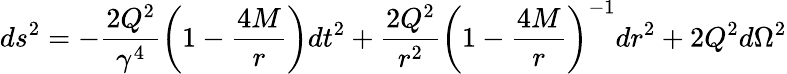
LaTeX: ds^{2}=-\frac{2Q^{2}}{\gamma^{4}}\left(1-\frac{4M}{r}\right)dt^{2}+\frac{2Q^{2}}{r^{2}}\left(1-\frac{4M}{r}\right)^{-1}dr^{2}+2Q^{2}d\Omega^{2}